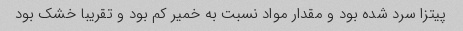
پیتزا سرد شده بود و مقدار مواد نسبت به خمیر کم بود و تقریبا خشک بود